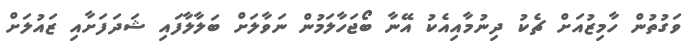
ވަގުތުން ހާމިޒުއަށް ޗެކު ދިނުމާއިއެކު އޭނާ ބޯޖަހާލަމުން ނަވާލަށް ބަލާލާފައި ޝަދަފަށާއި ޒައުލަށް